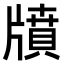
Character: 𤗸